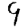
Digit: 9